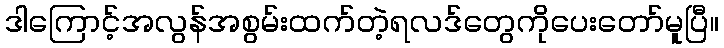
ဒါကြောင့်အလွန်အစွမ်းထက်တဲ့ရလဒ်တွေကိုပေးတော်မူပြီ။